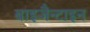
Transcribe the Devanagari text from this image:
बाइजैन्टाइन